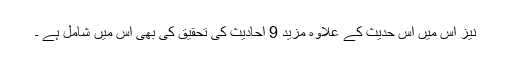
نیز اس میں اس حدیث کے علاوہ مزید 9 احادیث کی تحقیق کی بھی اس میں شامل ہے ۔